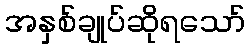
အနှစ်ချုပ်ဆိုရသော်